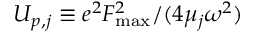
U _ { p , j } \equiv { e ^ { 2 } F _ { \mathrm { m a x } } ^ { 2 } } / { ( 4 \mu _ { j } \omega ^ { 2 } ) }